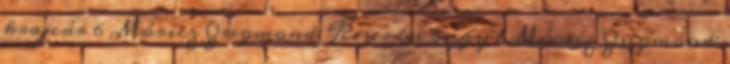
krajcár 6 Móricz Zsigmond: Kiserdei angy 1 Móricz Zsigmond: